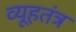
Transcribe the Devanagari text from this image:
व्यूहतंत्र